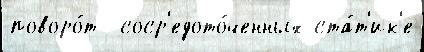
поворо́т  соср'едото́ченных ста́т'ик'е